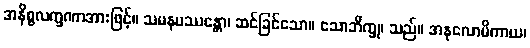
အနိစ္စလက္ခဏာအားဖြင့်။ သမနုပဿန္တော၊ ဆင်ခြင်သော။ သောဘိက္ခု၊ သည်။ အနုလောမိကာယ၊